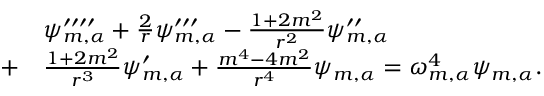
\begin{array} { r l } & { \psi _ { m , \alpha } ^ { \prime \prime \prime \prime } + \frac { 2 } { r } \psi _ { m , \alpha } ^ { \prime \prime \prime } - \frac { 1 + 2 m ^ { 2 } } { r ^ { 2 } } \psi _ { m , \alpha } ^ { \prime \prime } } \\ { + } & { \frac { 1 + 2 m ^ { 2 } } { r ^ { 3 } } \psi _ { m , \alpha } ^ { \prime } + \frac { m ^ { 4 } - 4 m ^ { 2 } } { r ^ { 4 } } \psi _ { m , \alpha } = \omega _ { m , \alpha } ^ { 4 } \psi _ { m , \alpha } . } \end{array}